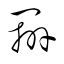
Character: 辨